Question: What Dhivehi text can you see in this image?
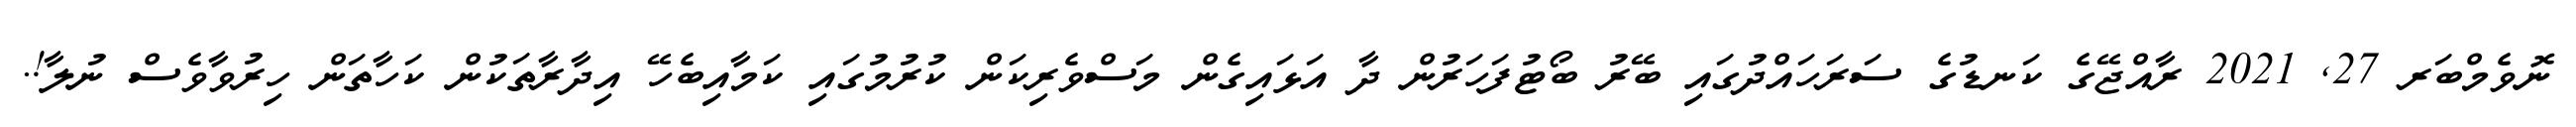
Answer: ނޮވެމްބަރ 27, 2021 ރާއްޖޭގެ ކަނޑުގެ ސަރަހައްދުގައި ބޭރު ބޯޓުފަހަރުން ދާ އަޅައިގެން މަސްވެރިކަން ކުރުމުގައި ކަމާއިބެހޭ އިދާރާތަކުން ކަހާތަން ހިރުވާވެސް ނުލާ!.